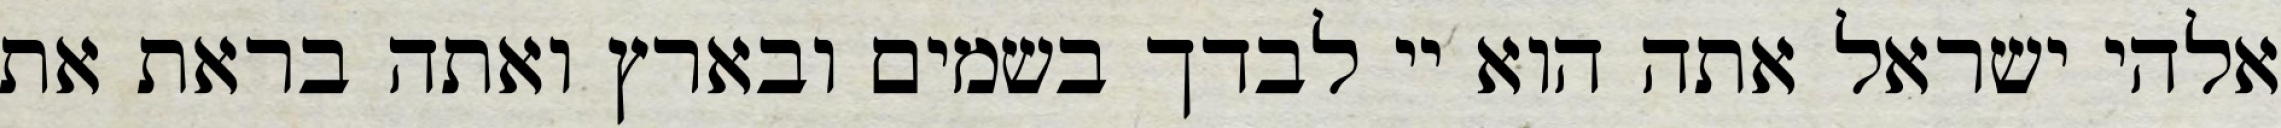
אלהי ישראל אתה הוא יי לבדך בשמים ובארץ ואתה בראת את